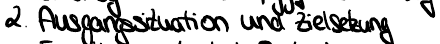
2. Ausgangssituation und Zielsetzung